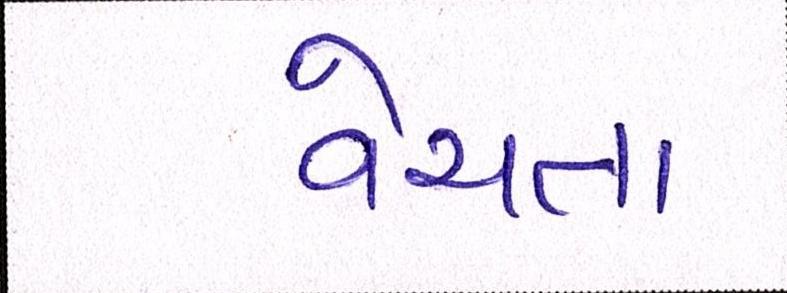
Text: વેચતા